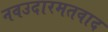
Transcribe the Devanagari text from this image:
नवउदारमतवाद